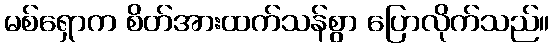
မစ်ရှောက စိတ်အားထက်သန်စွာ ပြောလိုက်သည်။